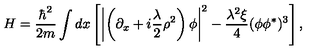
H = \frac { \hbar ^ { 2 } } { 2 m } \int d x \left[ \left| \left( \partial _ { x } + i { \frac { \lambda } { 2 } } \rho ^ { 2 } \right) \phi \right| ^ { 2 } - \frac { \lambda ^ { 2 } \xi } { 4 } ( \phi \phi ^ { * } ) ^ { 3 } \right] ,